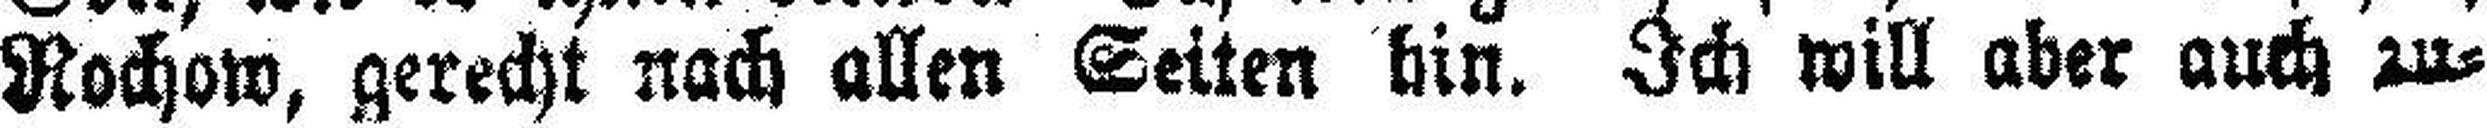
Rochow, gerecht nach allen Seiten hin. Ich will aber auch zu¬